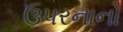
ઉપરનાનો